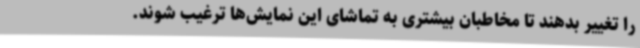
را تغییر بدهند تا مخاطبان بیشتری به تماشای این نمایش‌ها ترغیب شوند.